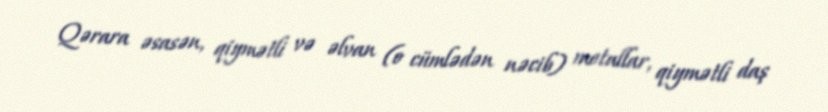
Qərara əsasən, qiymətli və əlvan (o cümlədən nəcib) metallar, qiymətli daş